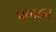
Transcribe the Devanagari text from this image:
प्रताड़न